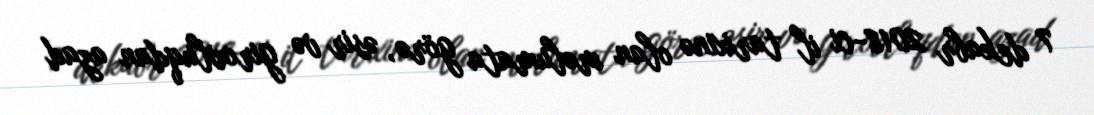
7 dekabr 2018-ci il tarixinə olan məlumata görə, əsir və girovluqdan azad